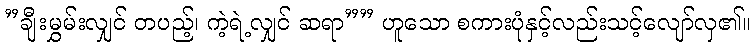
”ချီးမွှမ်းလျှင် တပည့်၊ ကဲ့ရဲ့လျှင် ဆရာ”” ဟူသော စကားပုံနှင့်လည်းသင့်လျော်လှ၏။